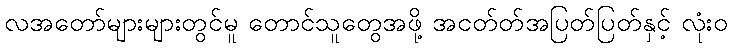
လအတော်များများတွင်မူ တောင်သူတွေအဖို့ အငတ်တ်အပြတ်ပြတ်နှင့် လုံးဝ